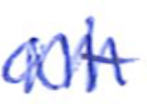
Text: at
Cross-out: zig-zag
Writing tool: ballpoint